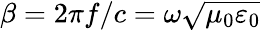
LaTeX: \beta=2\pi f/c=\omega\sqrt{\mu_{0}\varepsilon_{0}}